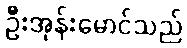
ဦးအုန်းမောင်သည်